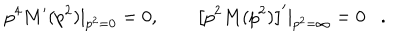
p ^ { 4 } M ^ { \prime } ( p ^ { 2 } ) | _ { p ^ { 2 } = 0 } = 0 , \qquad \left[ p ^ { 2 } M ( p ^ { 2 } ) \right] ^ { \prime } | _ { p ^ { 2 } = \infty } = 0 .